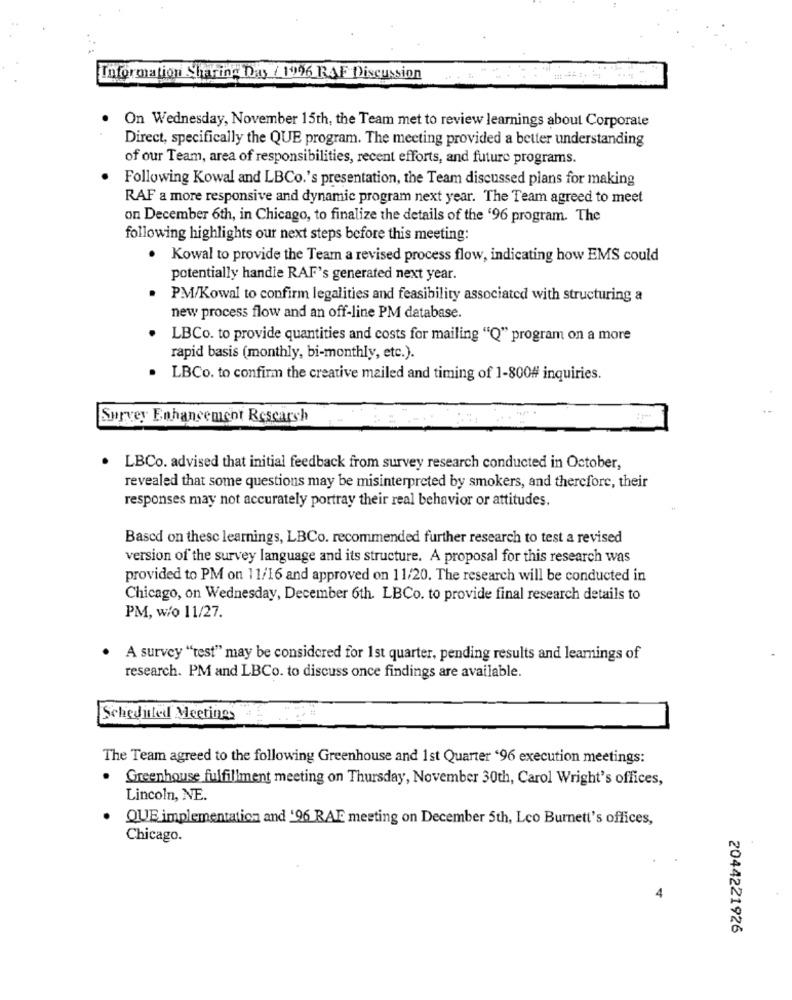
Information Sharing Day ( 1996 RAF Discussion
.
On Wednesday, November 15th, the Team met to review learnings about Corporate
Direct, specifically the QUE program. The meeting provided a better understanding
of our Team, area of responsibilities, recent efforts, and future programs.
Following Kowal and LBCo.'s presentation, the Team discussed plans for making
RAF a more responsive and dynamic program next year. The Team agreed to meet
on December 6th, in Chicago, to finalize the details of the '96 program. The
following highlights our next steps before this meeting:
. Kowal to provide the Team a revised process flow, indicating how EMS could
potentially handie RAF's generated next year.
PM/Kowal to confirm legalities and feasibility associated with structuring a
new process flow and an off-line PM database.
LBCo. to provide quantities and costs for mailing "Q" program on a more
rapid basis (monthly, bi-monthly, etc.).
LBCo. to confirm the creative mailed and timing of 1-800# inquiries.
Survey Enhancement Research
LBCo. advised that initial feedback from survey research conducted in October,
revealed that some questions may be misinterpreted by smokers, and therefore, their
responses may not accurately portray their real behavior or attitudes.
Based on thesc learnings, LBCo. recommended further research to test a revised
version of the survey language and its structure. A proposal for this research was
provided to PM on 11/16 and approved on 11/20. The research will be conducted in
Chicago, on Wednesday, December 6th. LBCo. to provide final research details to
PM, w/o 11/27.
.
A survey "test" may be considered for 1st quarter, pending results and learnings of
research. PM and LBCo. to discuss once findings are available.
Scheduled Meetings
The Team agreed to the following Greenhouse and 1st Quarter '96 execution meetings:
.
Greenhouse fulfillment meeting on Thursday, November 30th, Carol Wright's offices,
Lincoln, NE.
QUE implementation and '96 RAE meeting on December 5th, Leo Burnett's offices,
Chicago.
4
2044221926